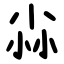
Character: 尛